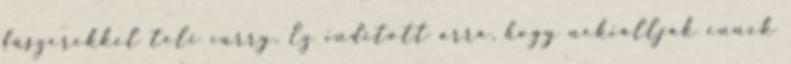
fűszerekkel teli curry. Ez indított arra, hogy nekiálljak ennek